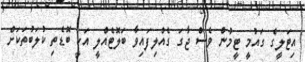
އިޓަލީގެ ގައުމީ ޓީމުން ވެސް ޖާގަ ގެއްލިފައިވާ ބަލޮޓެއްލީ އަކީ ބޮޑެތި ކުލަބުތަކަށް